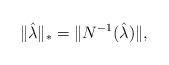
LaTeX: \begin{align*} \|\hat\lambda\|_*=\|N^{-1}(\hat\lambda)\|, \end{align*}